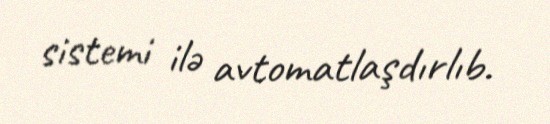
sistemi ilə avtomatlaşdırlıb.